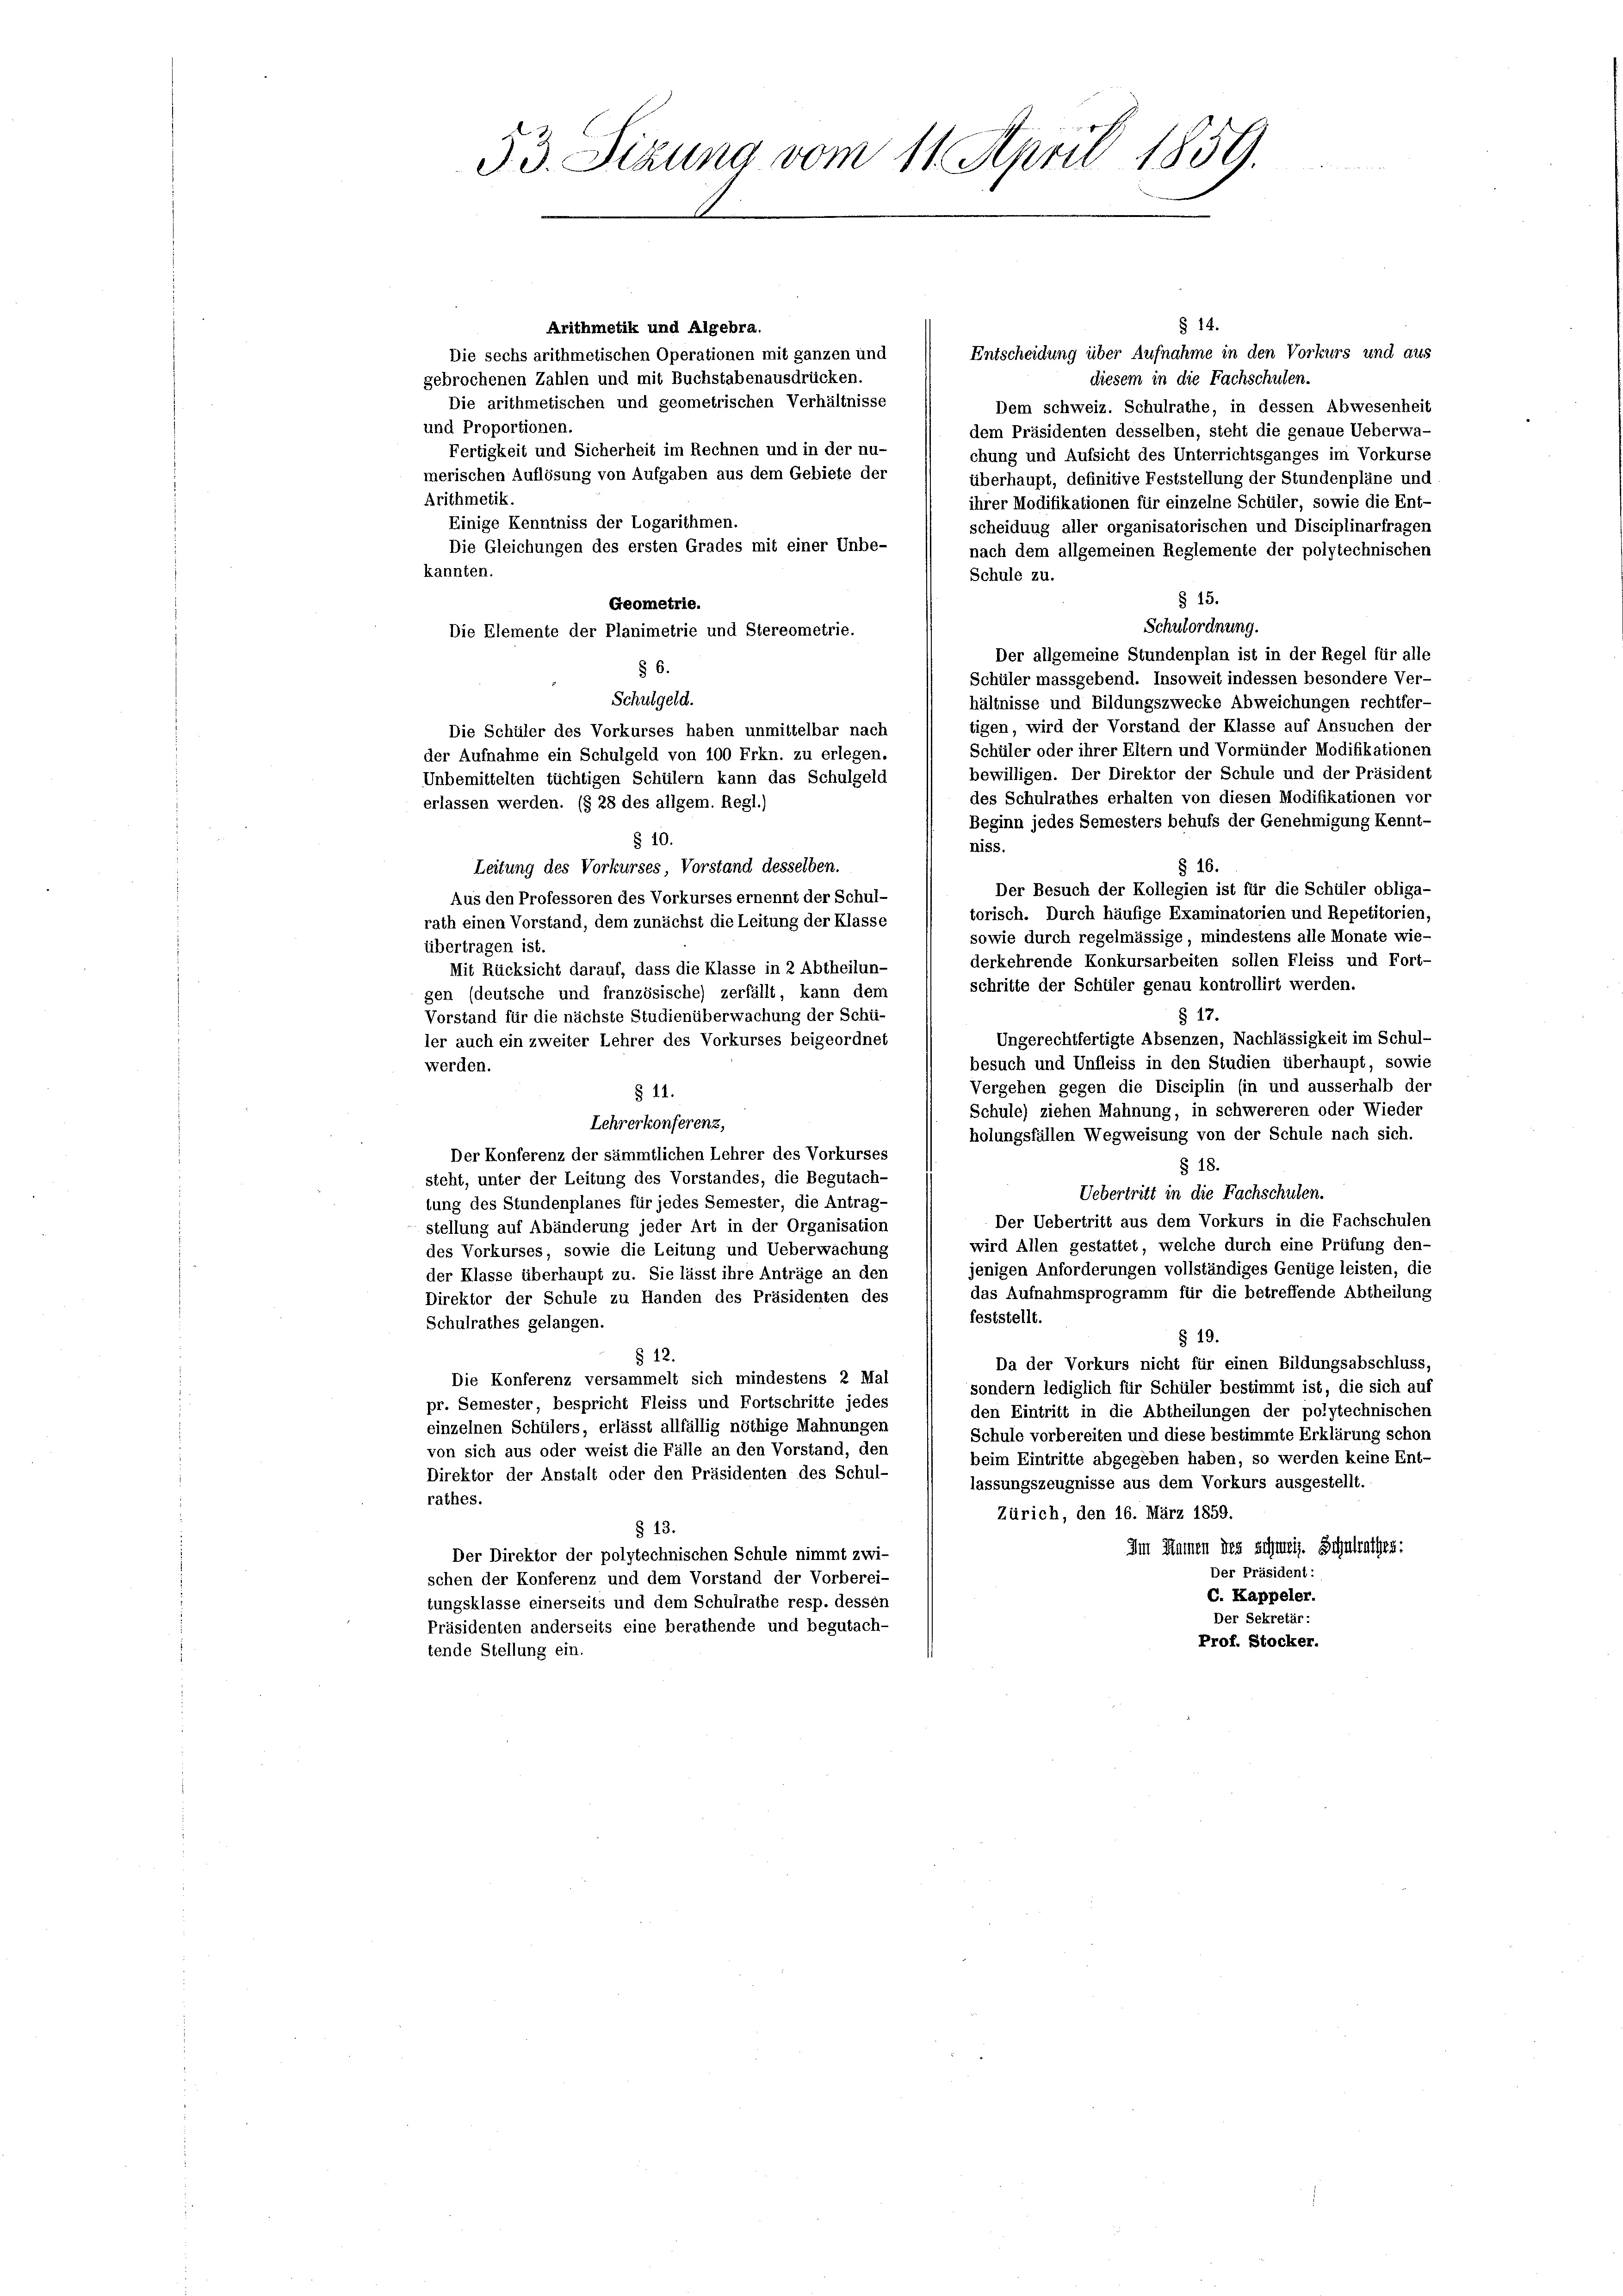
53. Sizung vom 11. April 1859.

§ 14.
Arithmetik und Algebra.
Entscheidung über Aufnahme in den Vorkurs und aus
Die sechs arithmetischen Operationen mit ganzen und
gebrochenen Zahlen und mit Buchstabenausdrücken.
diesem in die Fachschulen.
Die arithmetischen und geometrischen Verhältnisse
Dem schweiz. Schulrathe, in dessen Abwesenheit
und Proportionen.
dem Präsidenten desselben, steht die genaue Ueberwa-
Fertigkeit und Sicherheit im Rechnen und in der nu-
chung und Aufsicht des Unterrichtsganges im Vorkurse
merischen Auflösung von Aufgaben aus dem Gebiete der
überhaupt, definitive Feststellung der Stundenpläne und
Brithmetik.
ihrer Modifikationen für einzelne Schüler, sowie die Ent-
Einige Kenntniss der Logarithmen.
scheidung aller organisatorischen und Disciplinarfragen
Die Gleichungen des ersten Grades mit einer Unbe-
nach dem allgemeinen Reglemente der polytechnischen
kannten.
Schule zu.
§ 15.
Geometrie.
Schulordnung.
Die Elemente der Planimetrie und Stereometrie.
Der allgemeine Stundenplan ist in der Regel für alle
§ 6.
Schüler massgebend. Insoweit indessen besondere Ver-
Schulgeld.
hältnisse und Bildungszwecke Abweichungen rechtfer-
tigen, wird der Vorstand der Klasse auf Ansuchen der
Die Schüler des Vorkurses haben unmittelbar nach
Schüler oder ihrer Eltern und Vormünder Modifikationen
der Aufnahme ein Schulgeld von 100 Frkn. zu erlegen.
bewilligen. Der Direktor der Schule und der Präsident
Unbemittelten tüchtigen Schülern kann das Schulgeld
des Schulrathes erhalten von diesen Modifikationen vor
erlassen werden. (§ 28 des allgem. Regl.)
Beginn jedes Semesters behufs der Genehmigung Kennt-
§ 10.
niss.
§ 16.
Leitung des Vorkurses, Vorstand desselben.
Der Besuch der Kollegien ist für die Schüler obliga-
Aus den Professoren des Vorkurses ernennt der Schul-
torisch. Durch häufige Examinatorien und Repetitorien,
rath einen Vorstand, dem zunächst die Leitung der Klasse
sowie durch regelmässige, mindestens alle Monate wie-
übertragen ist.
derkehrende Konkursarbeiten sollen Fleiss und Fort-
Mit Rücksicht darauf, dass die Klasse in 2 Abtheilun-
schritte der Schüler genau kontrollirt werden.
gen (deutsche und französische) zerfällt, kann dem
Vorstand für die nächste Studienüberwachung der Schü-
§ 17.
Ungerechtfertigte Absenzen, Nachlässigkeit im Schul-
ler auch ein zweiter Lehrer des Vorkurses beigeordnet
besuch und Unfleiss in den Studien überhaupt, sowie
werden.
Vergehen gegen die Disciplin (in und ausserhalb der
§ 11.
Schule) ziehen Mahnung, in schwereren oder Wieder
Lehrerkonferenz,
holungsfällen Wegweisung von der Schule nach sich.
Der Konferenz der sämmtlichen Lehrer des Vorkurses
§ 18.
steht, unter der Leitung des Vorstandes, die Begutach-
Uebertritt in die Fachschulen.
tung des Stundenplanes für jedes Semester, die Antrag-
Der Uebertritt aus dem Vorkurs in die Fachschulen
stellung auf Abänderung jeder Art in der Organisation
wird Allen gestattet, welche durch eine Prüfung den-
des Vorkurses, sowie die Leitung und Ueberwachung
jenigen Anforderungen vollständiges Genüge leisten, die
der Klasse überhaupt zu. Sie lässt ihre Anträge an den
das Aufnahmsprogramm für die betreffende Abtheilung
Direktor der Schule zu Handen des Präsidenten des
feststellt.
Schulrathes gelangen.
§ 19.
§ 12.
Da der Vorkurs nicht für einen Bildungsabschluss,
Die Konferenz versammelt sich mindestens 2 Mal
sondern lediglich für Schüler bestimmt ist, die sich auf
pr. Semester, bespricht Fleiss und Fortschritte jedes
den Eintritt in die Abtheilungen der polytechnischen
einzelnen Schülers, erlässt allfällig nöthige Mahnungen
Schule vorbereiten und diese bestimmte Erklärung schon
von sich aus oder weist die Fälle an den Vorstand, den
beim Eintritte abgegeben haben, so werden keine Ent-
Direktor der Anstalt oder den Präsidenten des Schul-
lassungszeugnisse aus dem Vorkurs ausgestellt.
rathes.
Zürich, den 16. März 1859.
§ 13.
Im Namen des schweiz. Schulrathes:
Der Direktor der polytechnischen Schule nimmt zwi-
Der Präsident:
schen der Konferenz und dem Vorstand der Vorberei-
C. Kappeler.
tungsklasse einerseits und dem Schulrathe resp. dessen
Der Sekretär:
Präsidenten anderseits eine berathende und begutach-
Prof. Stocker.
tende Stellung ein.